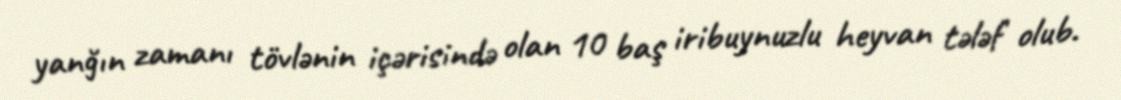
yanğın zamanı tövlənin içərisində olan 10 baş iribuynuzlu heyvan tələf olub.